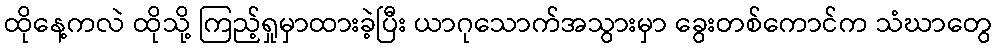
ထိုနေ့ကလဲ ထိုသို့ ကြည့်ရှုမှာထားခဲ့ပြီး ယာဂုသောက်အသွားမှာ ခွေးတစ်ကောင်က သံဃာတွေ